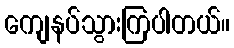
ကျေနပ်သွားကြပါတယ်။